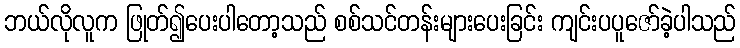
ဘယ်လိုလူက ဖြုတ်၍ပေးပါတော့သည် စစ်သင်တန်းများပေးခြင်း ကျင်းပပူဇော်ခဲ့ပါသည်